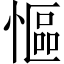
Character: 慪